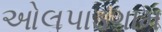
ઓલપાડગામ